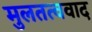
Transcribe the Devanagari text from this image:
मुलतत्ववाद